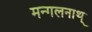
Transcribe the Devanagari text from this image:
मन्गलनाथ्